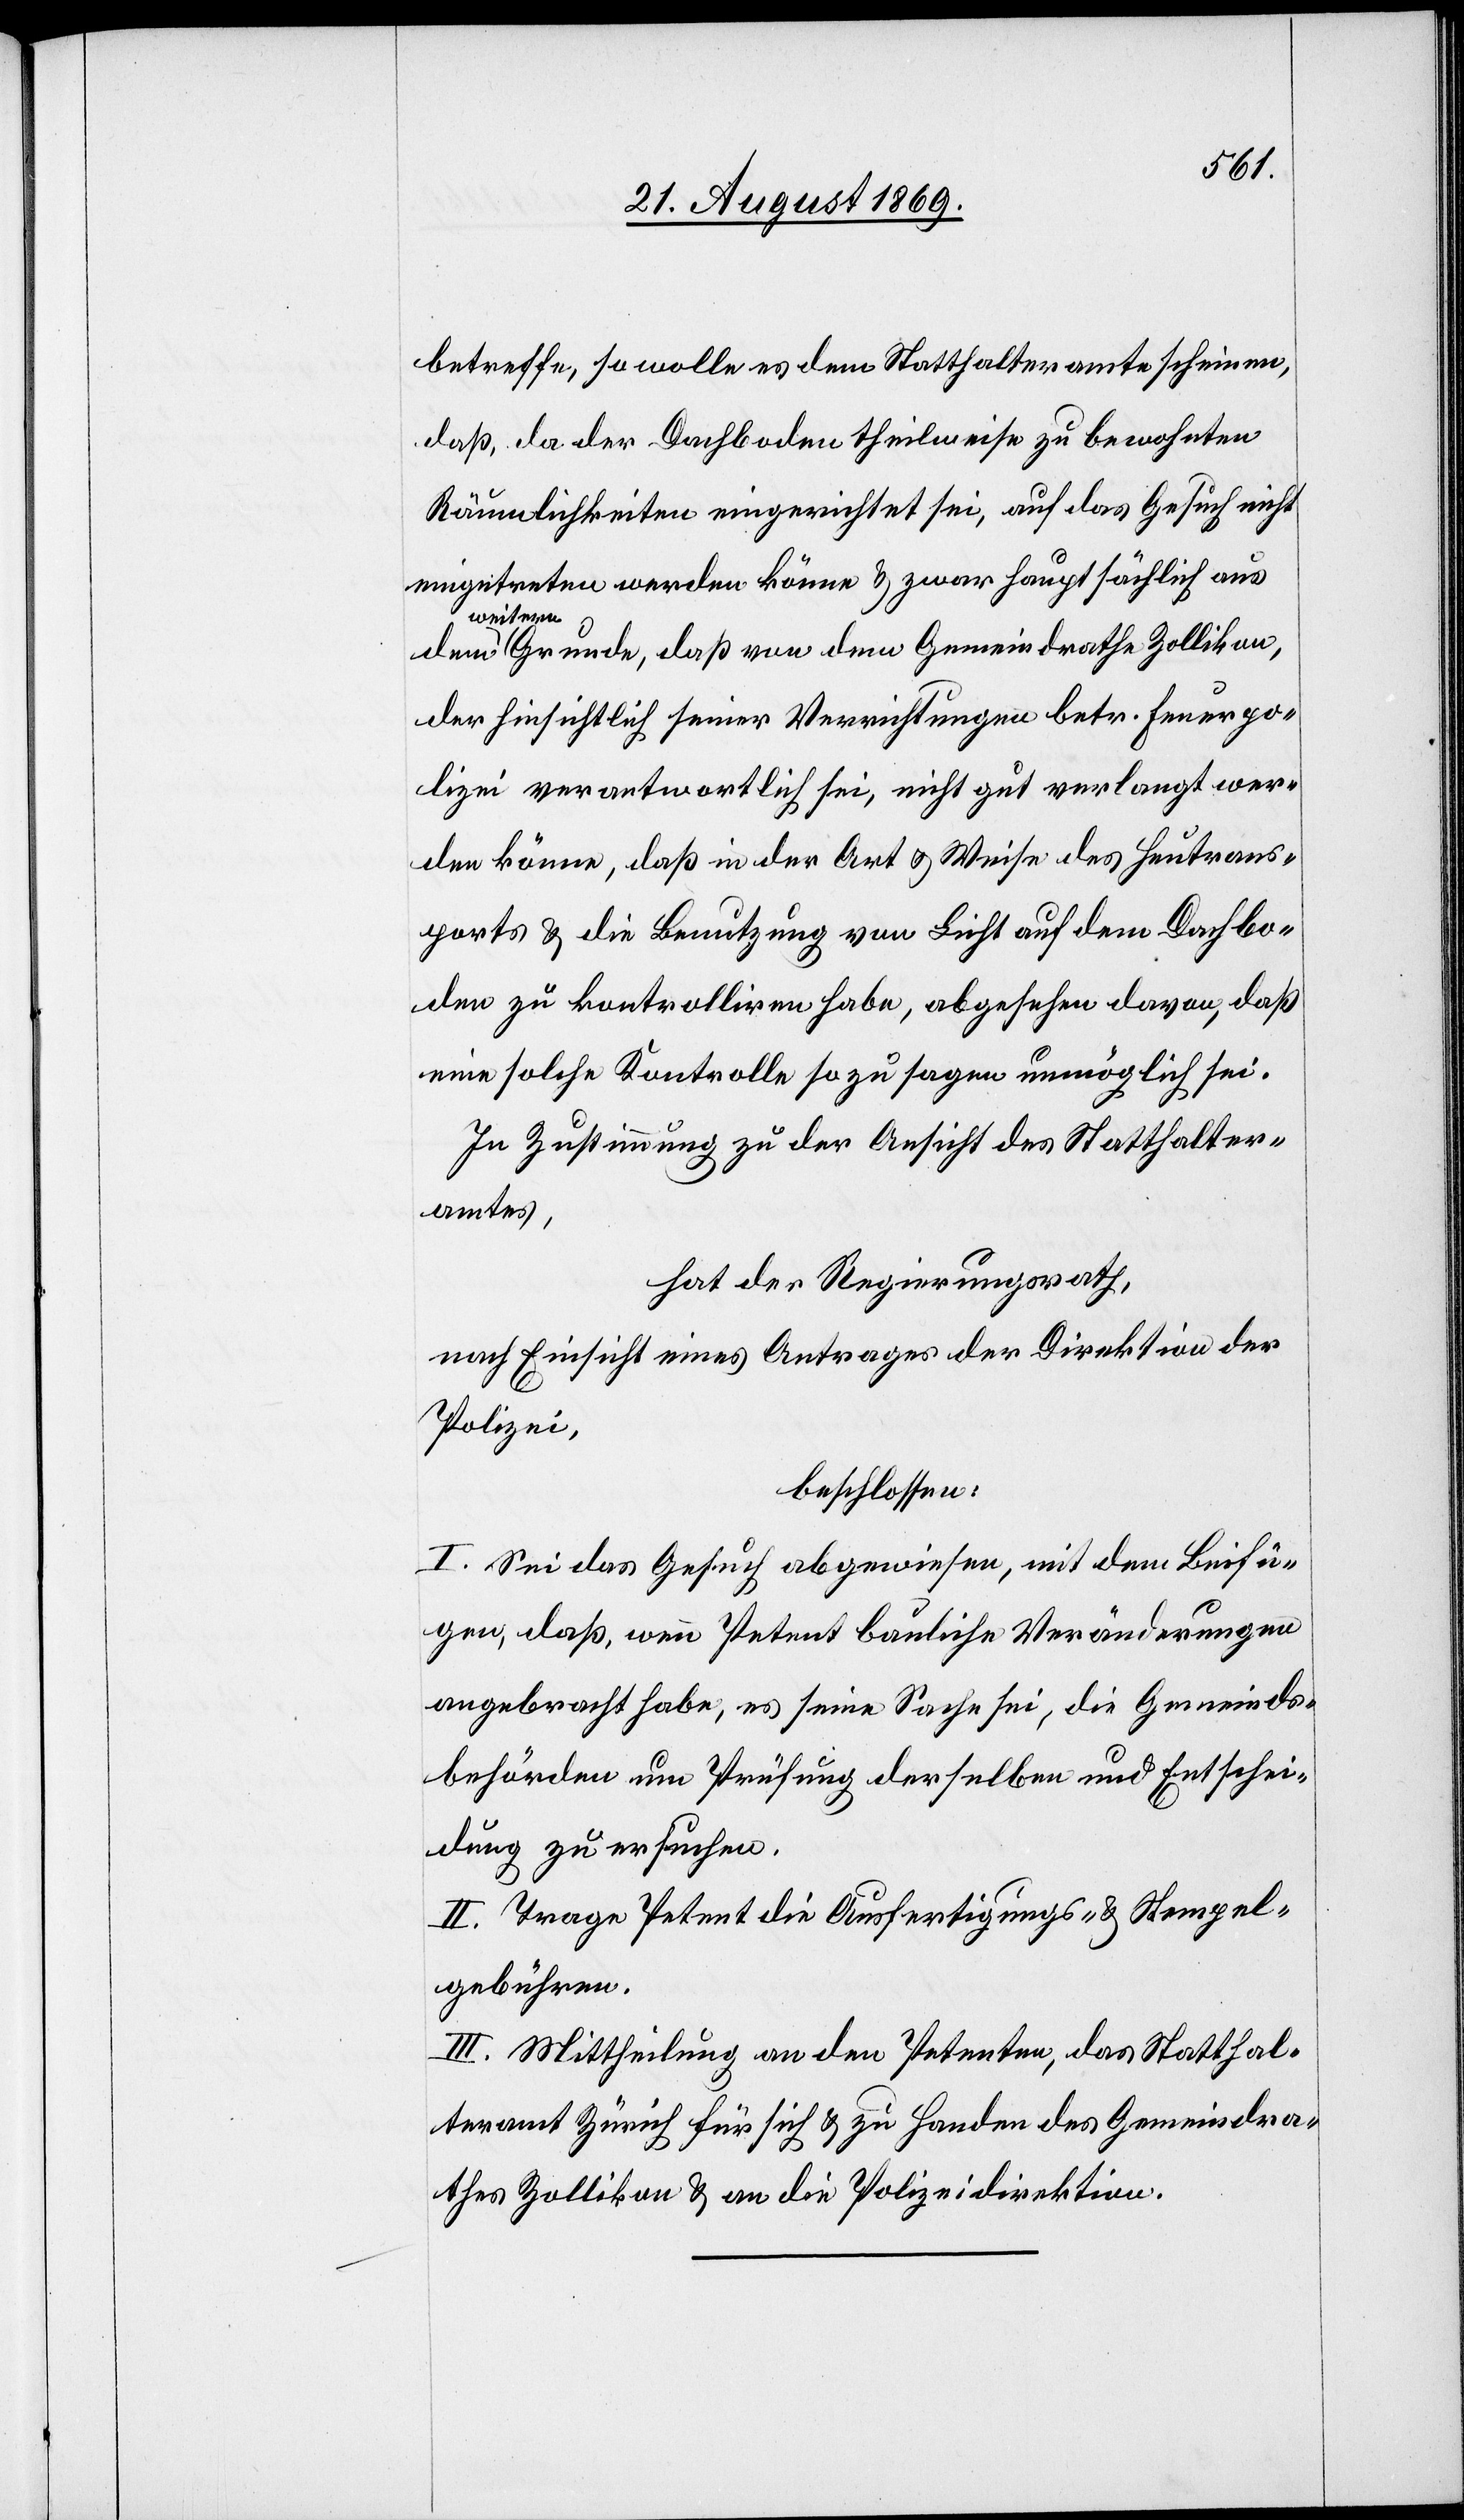
betreffe, so wolle es dem Statthalteramte scheinen,
daß, da der Dachboden theilweise zu bewohnten
Räumlichkeiten eingerichtet sei, auf das Gesuch nicht
eingetreten werden könne & zwar hauptsächlich aus
weiter¬
n Grunde, daß von dem Gemeindrathe Zollikon,
der hinsichtlich seiner Verrichtungen betr. Feuerpo¬
lizei verantwortlich sei, nicht gut verlangt wer¬
den könne, daß in der Art & Weise des Heutrans¬
ports & die Benutzung von Licht auf dem Dachbo¬
den zu kontrolliren habe [sic!], abgesehen davon, daß
eine solche Kontrolle so zu sagen unmöglich sei.
In Zustimmung zu der Ansicht des Statthalter¬
amtes,
hat der Regierungsrath,
nach Einsicht eines Antrages der Direktion der
Polizei,
beschlossen:
I. Sei das Gesuch abgewiesen, mit dem Beifü¬
gen, daß, wenn Petent bauliche Veränderungen
angebracht habe, es seine Sache sei, die Gemeinds¬
behörden um Prüfung derselben und Entschei¬
dung zu ersuchen.
II. Trage Petent die Ausfertigungs- & Stempel¬
gebühren.
III. Mittheilung an den Petenten, das Statthal¬
teramt Zürich für sich & zu Handen des Gemeindra¬
thes Zollikon & an die Polizeidirektion.